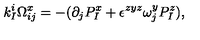
k _ { I } ^ { i } \Omega _ { i j } ^ { x } = - ( \partial _ { j } P _ { I } ^ { x } + \epsilon ^ { z y z } \omega _ { j } ^ { y } P _ { I } ^ { z } ) ,